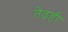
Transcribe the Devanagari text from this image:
तेढही